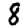
Digit: 8